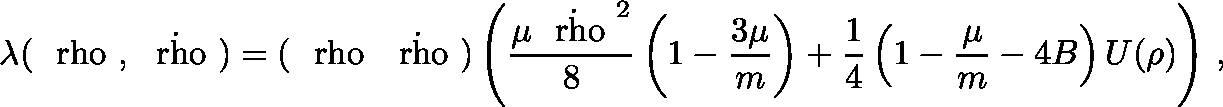
\lambda ( { \mathrm { \boldmath ~ \ r h o ~ } } , { \mathrm { \boldmath ~ \dot { \ r h o } ~ } } ) = ( { \mathrm { \boldmath ~ \ r h o ~ } } { \mathrm { \boldmath ~ \dot { \ r h o } ~ } } ) \left( \frac { \mu { \mathrm { \boldmath ~ \dot { \ r h o } ~ } } ^ { 2 } } { 8 } \left( 1 - \frac { 3 \mu } { m } \right) + \frac { 1 } { 4 } \left( 1 - \frac { \mu } { m } - 4 B \right) U ( \rho ) \right) \, ,